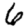
Digit: 6